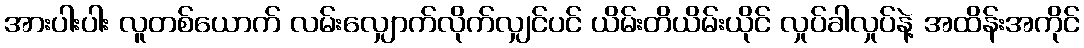
အားပါးပါး လူတစ်ယောက် လမ်းလျှောက်လိုက်လျှင်ပင် ယိမ်းတိယိမ်းယိုင် လှုပ်ခါလှုပ်နဲ့ အထိန်းအကိုင်